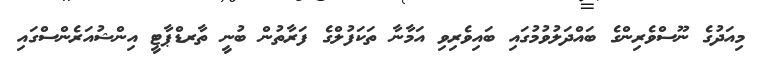
މިއަދުގެ ނޫސްވެރިންގެ ބައްދަލުވުމުގައި ބައިވެރިވި އަމާނާ ތަކަފުލްގެ ފަރާތުން ބުނީ ތާރޑްޕާޓީ އިންޝުއަރެންސްގައި